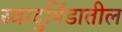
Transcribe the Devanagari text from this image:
स्वादुपिंडातील